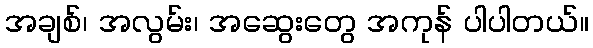
အချစ်၊ အလွမ်း၊ အဆွေးတွေ အကုန် ပါပါတယ်။